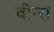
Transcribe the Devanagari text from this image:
वीन्स